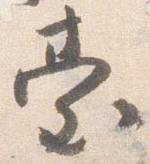
台